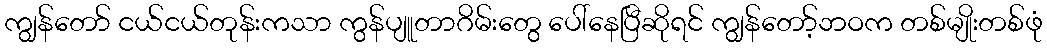
ကျွန်တော် ငယ်ငယ်တုန်းကသာ ကွန်ပျူတာဂိမ်းတွေ ပေါ်နေပြီဆိုရင် ကျွန်တော့်ဘဝက တစ်မျိုးတစ်ဖုံ